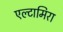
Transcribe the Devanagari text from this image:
एल्टामिरा